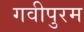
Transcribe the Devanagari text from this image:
गवीपुरम